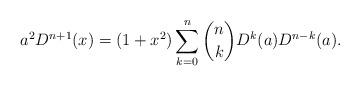
LaTeX: \begin{align*} a^2 D^{n+1}(x) = (1+x^2) \sum_{k=0}^n {n \choose k} D^k(a) D^{n-k}(a).\end{align*}